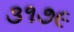
૩૧૭૯